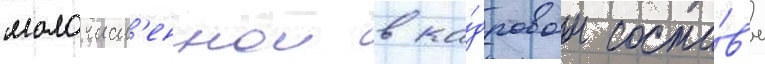
малочисл'еннои в ка́дровом соста́в'е